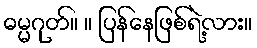
ဓမ္မဂုတ်။ ။ ပြန်နေဖြစ်ရဲ့လား။